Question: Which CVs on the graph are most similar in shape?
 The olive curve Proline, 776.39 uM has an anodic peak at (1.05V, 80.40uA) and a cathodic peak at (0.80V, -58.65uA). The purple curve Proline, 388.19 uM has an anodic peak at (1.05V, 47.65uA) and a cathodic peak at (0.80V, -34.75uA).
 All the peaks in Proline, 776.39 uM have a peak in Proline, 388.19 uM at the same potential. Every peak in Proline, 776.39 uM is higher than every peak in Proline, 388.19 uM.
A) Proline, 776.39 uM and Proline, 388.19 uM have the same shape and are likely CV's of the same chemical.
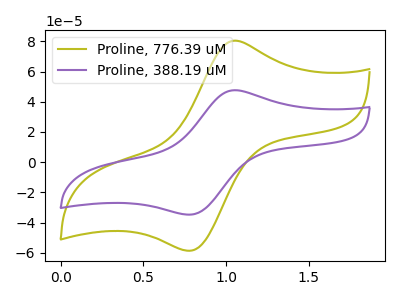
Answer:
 <answer>A) "Proline, 776.39 uM" and "Proline, 388.19 uM" have the same shape and are likely CV's of the same chemical.</answer>
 <eval>A</eval>